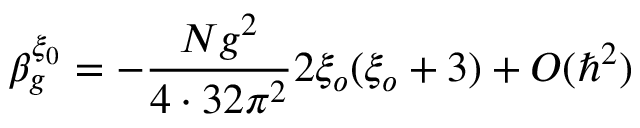
\beta _ { g } ^ { \xi _ { 0 } } = - \frac { N g ^ { 2 } } { 4 \cdot 3 2 \pi ^ { 2 } } 2 \xi _ { o } ( \xi _ { o } + 3 ) + O ( \hbar ^ { 2 } )